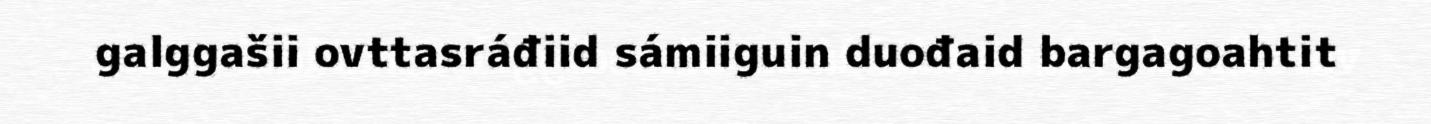
galggašii ovttasráđiid sámiiguin duođaid bargagoahtit